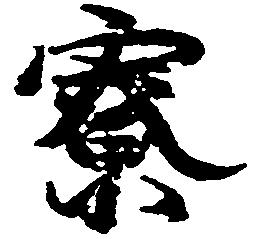
寮